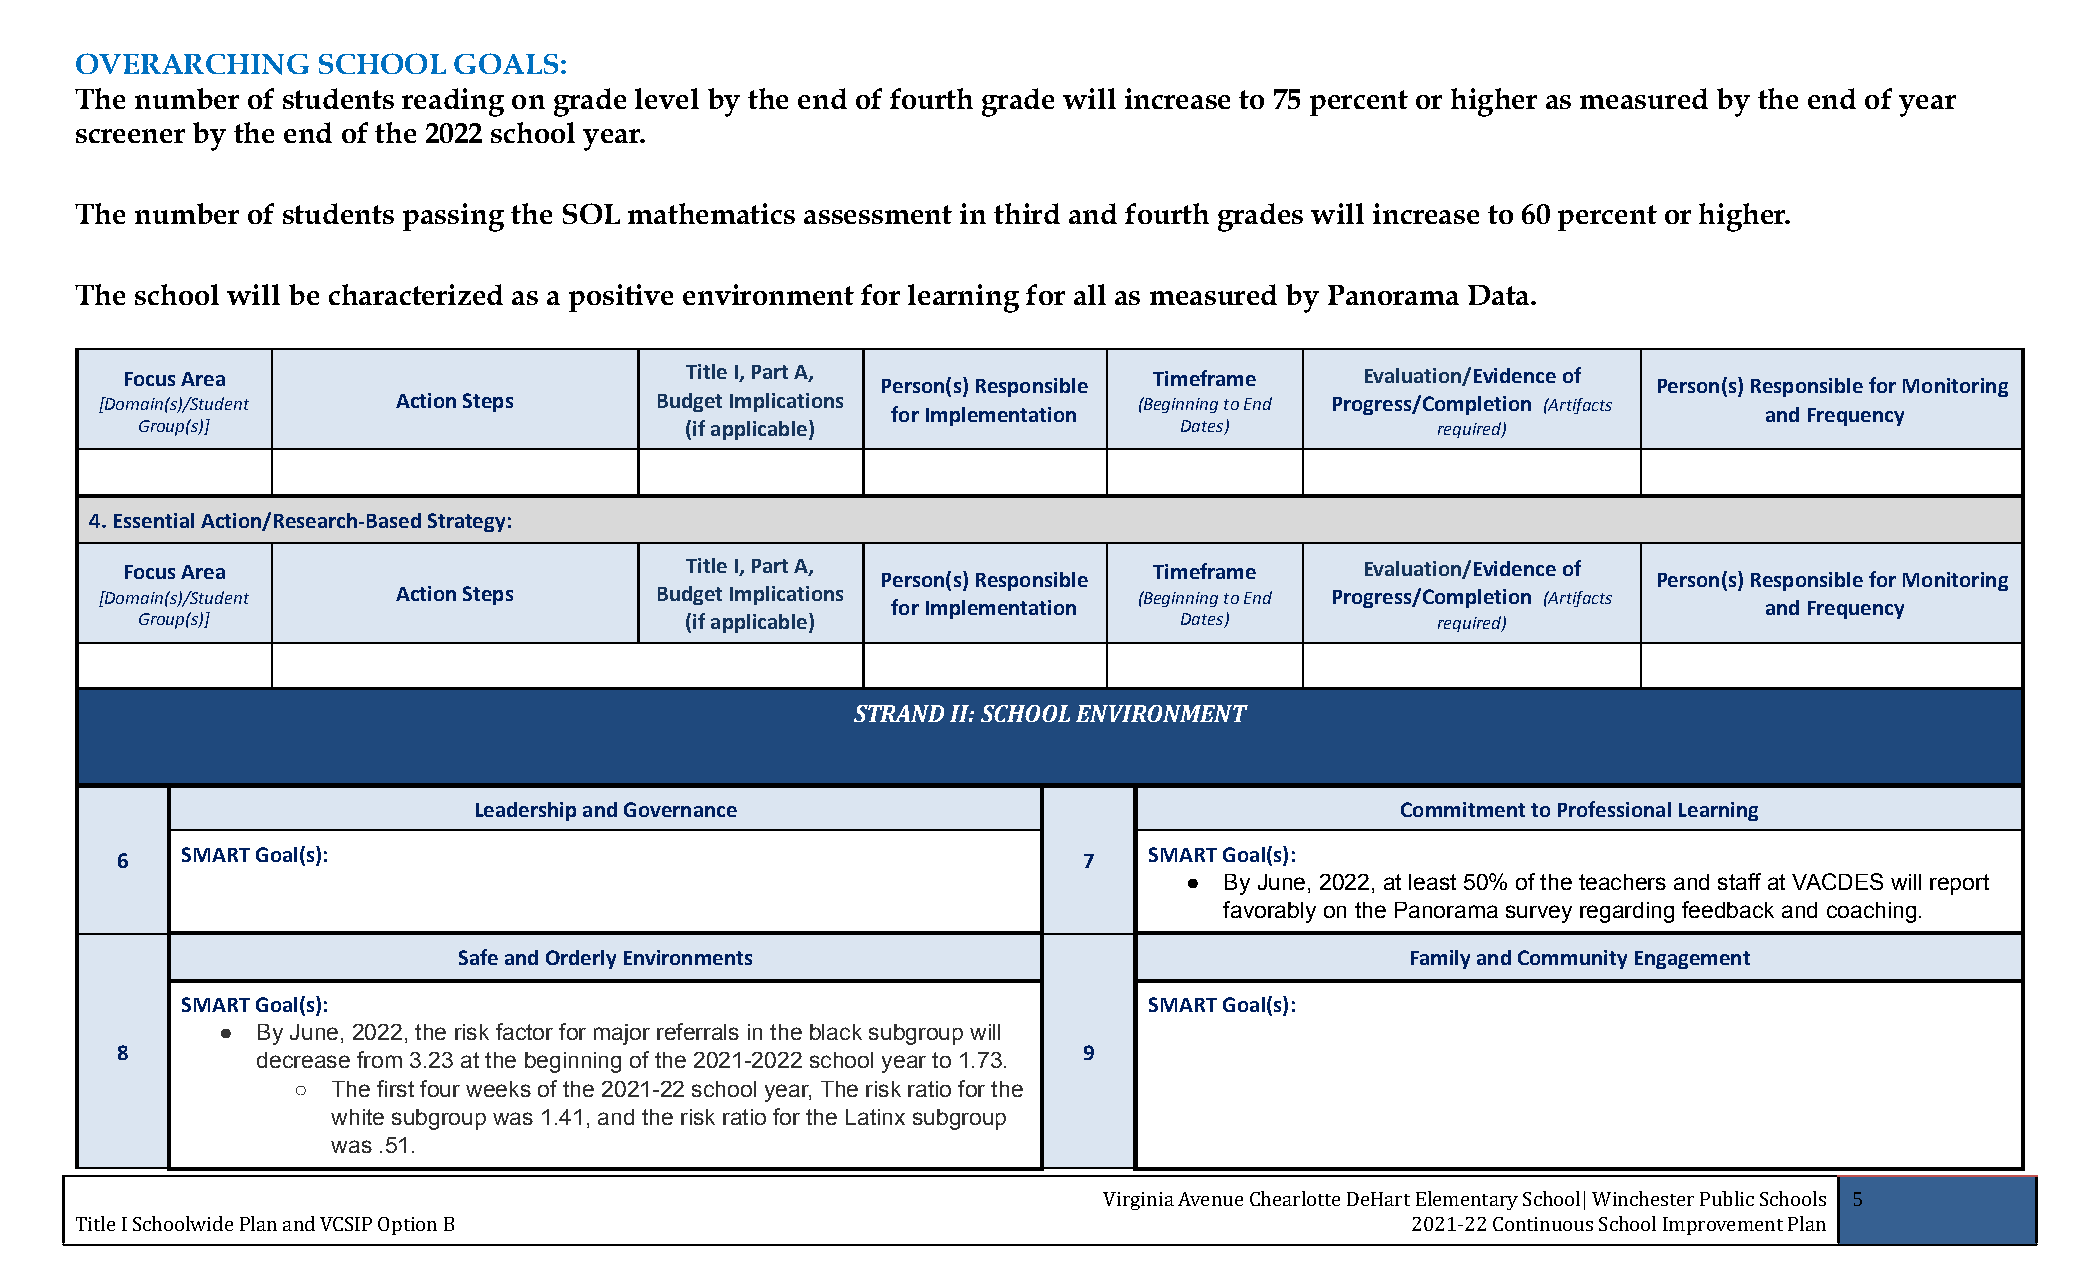
OVERARCHING     SCHOOL   GOALS:
 The number of students reading on grade level by the end of fourth grade will increase to 75 percent or higher as measured by the end of year
 screener by the end of the 2022 school year.
 The number of students passing the SOL mathematics assessment in third and fourth grades will increase to 60 percent or higher.
 The school will be characterized as a positive environment for learning for all as measured by Panorama Data.
 Focus Area                           Title I, Part A,               Timeframe     Evaluation/Evidence of
 Person(s) Responsible                               Person(s) Responsible for Monitoring
 [Domain(s)/Student Action Steps     Budget Implications             (Beginning to End Progress/Completion (Artifacts
 for Implementation                                        and Frequency
 Group(s)]                           (if applicable)                  Dates)           required)
 4. Essential Action/Research-Based Strategy:
 Focus Area                           Title I, Part A,               Timeframe     Evaluation/Evidence of
 Person(s) Responsible                               Person(s) Responsible for Monitoring
 [Domain(s)/Student Action Steps     Budget Implications             (Beginning to End Progress/Completion (Artifacts
 for Implementation                                        and Frequency
 Group(s)]                           (if applicable)                  Dates)           required)
 STRAND II: SCHOOL ENVIRONMENT
 Leadership and Governance                                     Commitment to Professional Learning
 6   SMART Goal(s):                                              7   SMART Goal(s):
 ● By June, 2022, at least 50% of the teachers and staff at VACDES will report
 favorably on the Panorama survey regarding feedback and coaching.
 Safe and Orderly Environments                                  Family and Community Engagement
 SMART Goal(s):                                                  SMART Goal(s):
 ●  By June, 2022, the risk factor for major referrals in the black subgroup will
 8                                                               9
 decrease from 3.23 at the beginning of the 2021-2022 school year to 1.73.
 ○  The first four weeks of the 2021-22 school year, The risk ratio for the
 white subgroup was 1.41, and the risk ratio for the Latinx subgroup
 was .51.
 Virginia Avenue Chearlotte DeHart Elementary School| Winchester Public Schools 5
 Title I Schoolwide Plan and VCSIP Option B                                              2021-22 Continuous School Improvement Plan